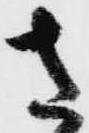
さ